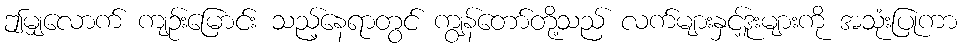
ဤမျှလောက် ကျဉ်းမြောင်း သည့်နေရာတွင် ကျွန်တော်တို့သည် လက်များနှင့်ဒူးများကို အသုံးပြုကာ